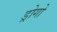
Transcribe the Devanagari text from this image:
ड्रोगो